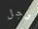
رجل